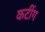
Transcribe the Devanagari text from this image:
कटींग